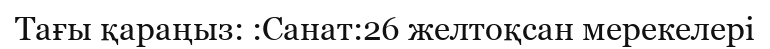
Тағы қараңыз: :Санат:26 желтоқсан мерекелері